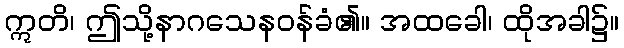
ဣတိ၊ ဤသို့နာဂသေနဝန်ခံ၏။ အထခေါ၊ ထိုအခါ၌။